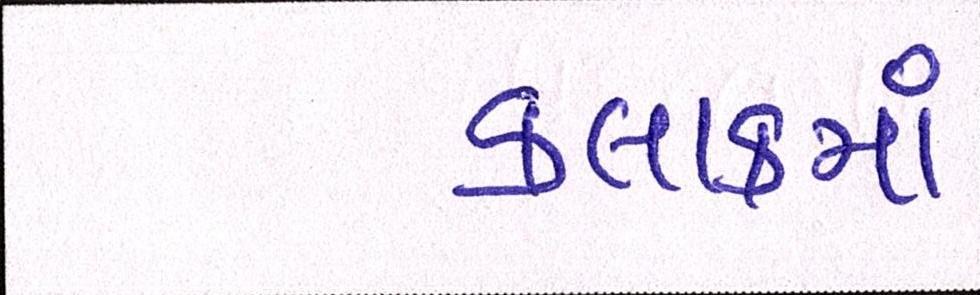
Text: કલાકમાં